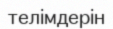
телімдерін